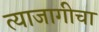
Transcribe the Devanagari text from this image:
त्याजागीचा